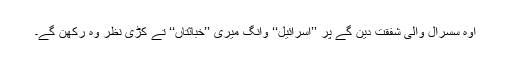
اوہ سسرال والی شفقت دین گے پر ’’اسرائیل‘‘ وانگ میری ’’خباثتاں‘‘ تے کڑی نظر وہ رکھن گے۔